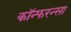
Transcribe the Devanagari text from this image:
कॉन्फरन्सा